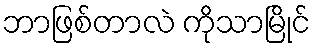
ဘာဖြစ်တာလဲ ကိုသာမြိုင်